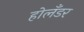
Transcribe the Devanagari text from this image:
होलँडर